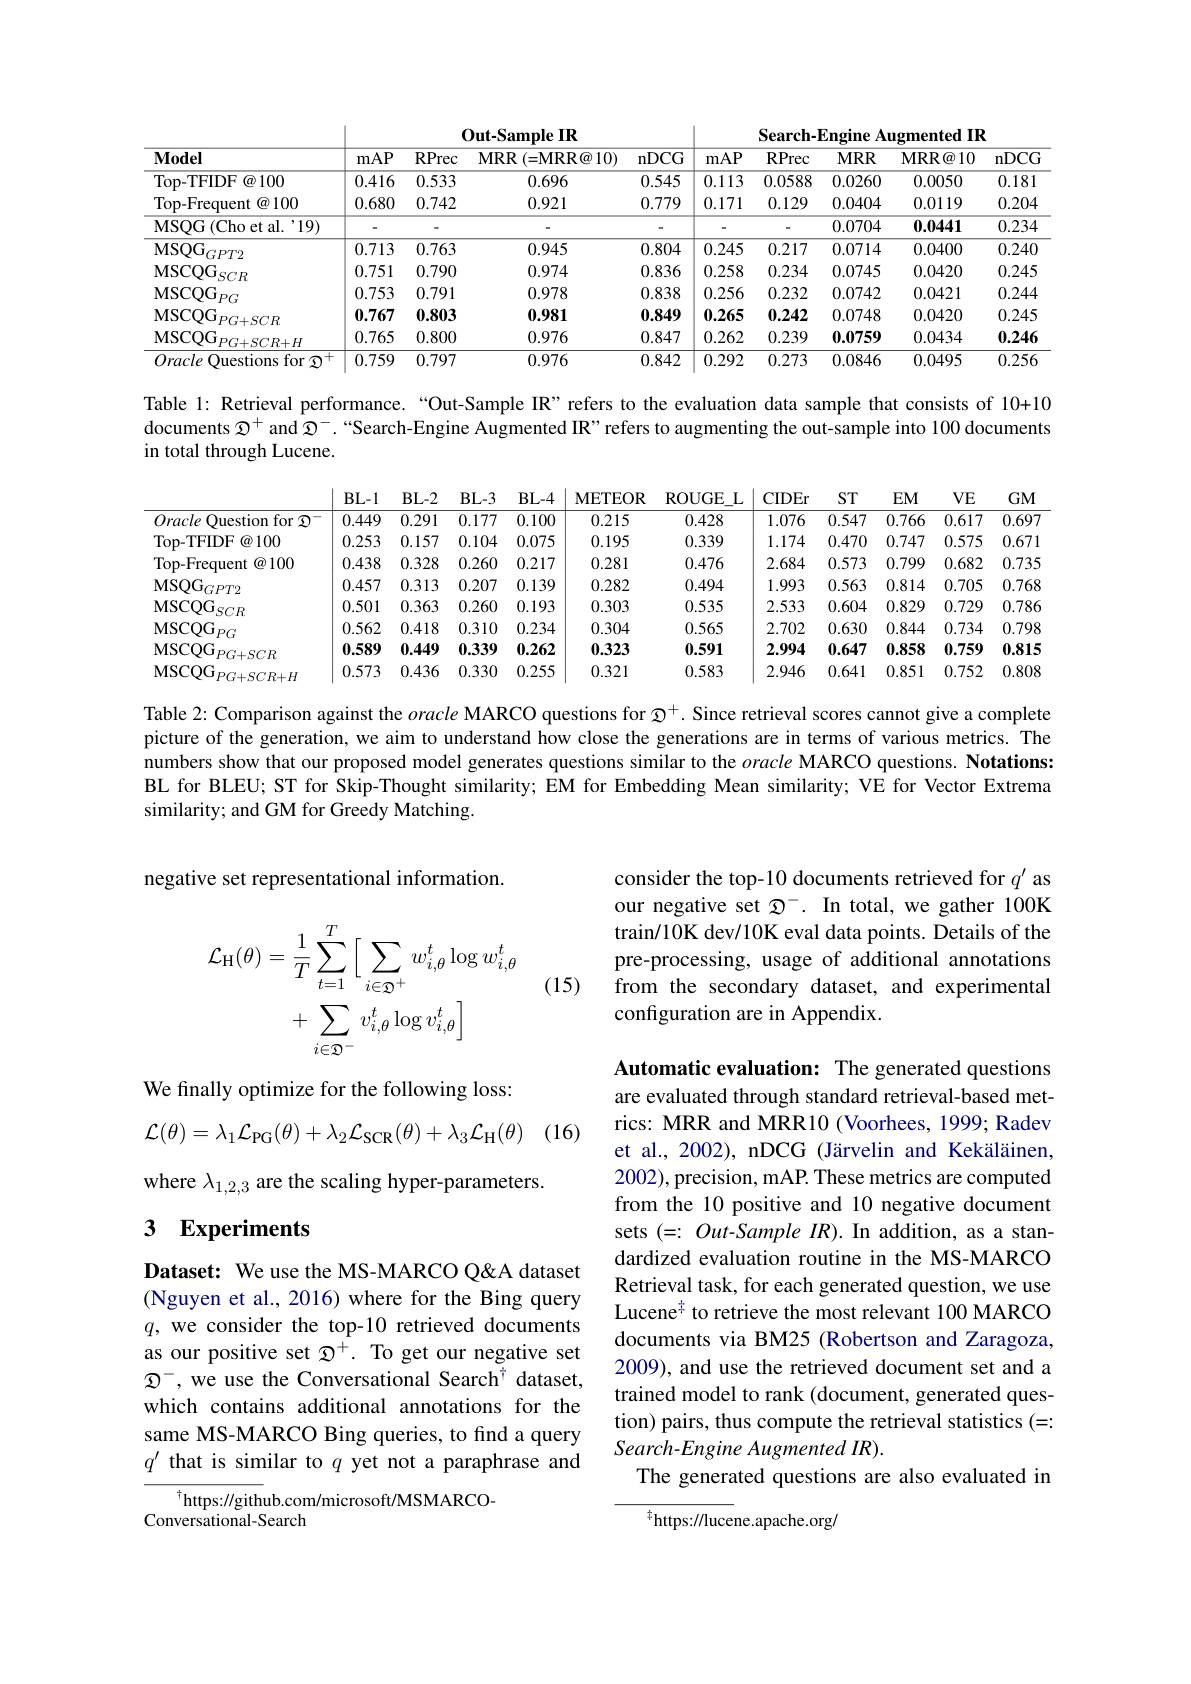
Out-Sample IR
<table>
	<tbody>
		<tr>
			<th>$\mathbf{Model}$</th>
			<th>mAP</th>
			<th>RPrec</th>
			<th>$\mathbf{MRR}(=\mathbf{MRR@}10)$</th>
			<th>nDCG</th>
			<th>mAP</th>
			<th>RPrec</th>
			<th>$MRR$</th>
			<th>MRR@ 10</th>
			<th>nDCG</th>
		</tr>
		<tr>
			<td>Top- TFIDF@ 100</td>
			<td>0.416</td>
			<td>0.533</td>
			<td>0.696</td>
			<td>0.545</td>
			<td>0.113</td>
			<td>0.0588</td>
			<td>0.0260</td>
			<td>0.0050</td>
			<td>0.181</td>
		</tr>
		<tr>
			<td>Top-Frequent $\textcircled{a}100$</td>
			<td>0.680</td>
			<td>0.742</td>
			<td>0.921</td>
			<td>0.779</td>
			<td>0.171</td>
			<td>0.129</td>
			<td>0.0404</td>
			<td>0.0119</td>
			<td>0.204</td>
		</tr>
		<tr>
			<td>MSQG ( Cho et al. $ ^{\prime }$19) </td>
			<td> </td>
			<td> </td>
			<td> </td>
			<td> </td>
			<td> </td>
			<td> </td>
			<td>0.0704</td>
			<td>0.0441</td>
			<td>0.234</td>
		</tr>
		<tr>
			<td>MSQG $\dot{\mathbf{i}}_{GPT2}$</td>
			<td>0.713</td>
			<td>0.763</td>
			<td>0.945</td>
			<td>0.804</td>
			<td>0.245</td>
			<td>0.217</td>
			<td>0.0714</td>
			<td>0.0400</td>
			<td>0.240</td>
		</tr>
		<tr>
			<td>$\mathrm{MSCQG}_{SCR}$</td>
			<td>0.751</td>
			<td>0.790</td>
			<td>0.974</td>
			<td>0.836</td>
			<td>0.258</td>
			<td>0.234</td>
			<td>0.0745</td>
			<td>0.0420</td>
			<td>0.245</td>
		</tr>
		<tr>
			<td>$\mathrm{MSCQG}_{PG}$</td>
			<td>0.753</td>
			<td>0.791</td>
			<td>0.978</td>
			<td>0.838</td>
			<td>0.256</td>
			<td>0.232</td>
			<td>0.0742</td>
			<td>0.0421</td>
			<td>0.244</td>
		</tr>
		<tr>
			<td>MSCQG $PG+SCR$</td>
			<td>0.767</td>
			<td>0.803</td>
			<td>0.981</td>
			<td>0.849</td>
			<td>0.265</td>
			<td>0.242</td>
			<td>0.0748</td>
			<td>0.0420</td>
			<td>0.245</td>
		</tr>
		<tr>
			<td>MSCQG $PG+SCR+H$</td>
			<td>0.765</td>
			<td>0.800</td>
			<td>0.976</td>
			<td>0.847</td>
			<td>0.262</td>
			<td>0.239</td>
			<td>0.0759</td>
			<td>0.0434</td>
			<td>0.246</td>
		</tr>
		<tr>
			<td>Oracle Questions for $\mathfrak{Q}$ +</td>
			<td>0.759</td>
			<td>0.797</td>
			<td>0.976</td>
			<td>0.842</td>
			<td>0.292</td>
			<td>0.273</td>
			<td>0.0846</td>
			<td>0.0495</td>
			<td>0.256</td>
		</tr>
	</tbody>
</table>

Search-Engine Augmented IR

Table 1: Retrieval performance.“Out-Sample IR”refers to the evaluation data sample that consists of 10+10 documents $\mathfrak{Q}^+$ and $\mathfrak{Q}^-.$“Search-Engine Augmented IR” refers to augmenting the out-sample into 100 documents in total through Lucene.

<table>
	<tbody>
		<tr>
			<th> </th>
			<th>$BL-1$</th>
			<th>$BL-2$</th>
			<th>$BL-3$</th>
			<th>$BL-4$</th>
			<th>METEOR</th>
			<th>ROUG$E_{L}$</th>
			<th>CIDEr</th>
			<th>$ST$</th>
			<th>$EM$</th>
			<th>$VE$</th>
			<th>$GM$</th>
		</tr>
		<tr>
			<td>Oracle Question for $\mathfrak{D}$ 1</td>
			<td>0.449</td>
			<td>0.291</td>
			<td>0.177</td>
			<td>0.100</td>
			<td>0.215</td>
			<td>0.428</td>
			<td>1.076</td>
			<td>0.547</td>
			<td>0.766</td>
			<td>0.617</td>
			<td>0.697</td>
		</tr>
		<tr>
			<td>Top- TFIDF F @100</td>
			<td>0.253</td>
			<td>0.157</td>
			<td>0.104</td>
			<td>0.075</td>
			<td>0.195</td>
			<td>0.339</td>
			<td>1.174</td>
			<td>0.470</td>
			<td>0.747</td>
			<td>0.575</td>
			<td>0.671</td>
		</tr>
		<tr>
			<td>Top-Frequent $\textcircled{a}100$ </td>
			<td>0.438</td>
			<td>0.328</td>
			<td>0.260</td>
			<td>0.217</td>
			<td>0.281</td>
			<td>0.476</td>
			<td>2.684</td>
			<td>0.573</td>
			<td>0.799</td>
			<td>0.682</td>
			<td>0.735</td>
		</tr>
		<tr>
			<td>$\mathrm{MSQG}_{GPT2}$</td>
			<td>0.457</td>
			<td>0.313</td>
			<td>0.207</td>
			<td>0.139</td>
			<td>0.282</td>
			<td>0.494</td>
			<td>1.993</td>
			<td>0.563</td>
			<td>0.814</td>
			<td>0.705</td>
			<td>0.768</td>
		</tr>
		<tr>
			<td>MSCQG $SCR$</td>
			<td>0.501</td>
			<td>0.363</td>
			<td>0.260</td>
			<td>0.193</td>
			<td>0.303</td>
			<td>0.535</td>
			<td>2.533</td>
			<td>0.604</td>
			<td>0.829</td>
			<td>0.729</td>
			<td>0.786</td>
		</tr>
		<tr>
			<td>MSCQG $\mathbf{j}_{PG}$</td>
			<td>0.562</td>
			<td>0.418</td>
			<td>0.310</td>
			<td>0.234</td>
			<td>0.304</td>
			<td>0.565</td>
			<td>2.702</td>
			<td>0.630</td>
			<td>0.844</td>
			<td>0.734</td>
			<td>0.798</td>
		</tr>
		<tr>
			<td>MSCQG $PG+SCR$</td>
			<td>0.589</td>
			<td>0.449</td>
			<td>0.339</td>
			<td>0.262</td>
			<td>0.323</td>
			<td>0.591</td>
			<td>2.994</td>
			<td>0.647</td>
			<td>0.858</td>
			<td>0.759</td>
			<td>0.815</td>
		</tr>
		<tr>
			<td>MSCQG $PG+SCR+H$</td>
			<td>0.573</td>
			<td>0.436</td>
			<td>0.330</td>
			<td>0.255</td>
			<td>0.321</td>
			<td>0.583</td>
			<td>2.946</td>
			<td>0.641</td>
			<td>0.851</td>
			<td>0.752</td>
			<td>0.808</td>
		</tr>
	</tbody>
</table>

Table 2: Comparison against the oracle MARCO questions for $\mathfrak{Q}^+.$ Since retrieval scores cannot give a complete picture of the generation, we aim to understand how close the generations are in terms of various metrics. The numbers show that our proposed model generates questions similar to the oracle MARCO questions. Notations: BL for BLEU; ST for Skip-Thought similarity; EM for Embedding Mean similarity; VE for Vector Extrema similarity; and GM for Greedy Matching.

negative set representational information.

consider the top-10 documents retrieved for $q^{\prime}$ as our negative set $\mathfrak{D}^-.$ In total, we gather 100K train/10K dev/10K eval data points. Details of the pre-processing, usage of additional annotations from the secondary dataset, and experimental configuration are in Appendix

(15)
$$\begin{aligned}\mathcal{L}_{\mathrm{H}}(\theta)&=\frac{1}{T}\sum_{t=1}^{T}\Big[\sum_{i\in\mathfrak{D}^{+}}w_{i,\theta}^{t}\log w_{i,\theta}^{t}\\&+\sum_{i\in\mathfrak{D}^{-}}v_{i,\theta}^{t}\log v_{i,\theta}^{t}\Big]\end{aligned}$$
 (16)

We finally optimize for the following loss:
$$\mathcal{L}(\theta)=\lambda_1\mathcal{L}_{\mathrm{PG}}(\theta)+\lambda_2\mathcal{L}_{\mathrm{SCR}}(\theta)+\lambda_3\mathcal{L}_{\mathrm{H}}(\theta)$$
where $\lambda_{1,2,3}$ are the scaling hyper-parameters.

## $\textbf{3}$ $\textbf{Experiments}$

Automatic evaluation: The generated questions are evaluated through standard retrieval-based metrics: MRR and MRR10 (Voorhees, 1999; Radev et al., 2002), nDCG (Järvelin and Kekäläinen, 2002), precision, mAP. These metrics are computed from the 10 positive and 10 negative document sets (=: Out-Sample IR). In addition, as a standardized evaluation routine in the MS-MARCO Retrieval task, for each generated question, we use Lucene$^{\frac17}$ to retrieve the most relevant 100 MARCO documents via BM25 (Robertson and Zaragoza, 2009), and use the retrieved document set and a trained model to rank (document, generated question) pairs, thus compute the retrieval statistics (=: Search-Engine Augmented IR).
The generated questions are also evaluated in

Dataset: We use the MS-MARCO Q&A dataset (Nguyen et al., 2016) where for the Bing query $q$, we consider the top-10 retrieved documents as our positive set $\mathfrak{D}^+.$ To get our negative set $\mathcal{D}^-$, we use the Conversational Search$^\dagger$ dataset, which contains additional annotations for the same MS-MARCO Bing queries, to find a query $q^{\prime}$ that is similar to $q$ yet not a paraphrase and

$^{\dagger}$https://github.com/microsoft/MSMARCO-
Conversational-Search

${\frac{4}{\mathrm{https://luce}}}$ne.apache.org/